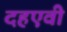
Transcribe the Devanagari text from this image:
दहएवी